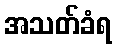
အသတ်ခံရ